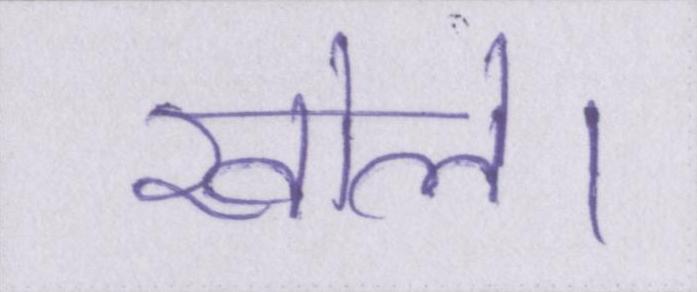
खोले।